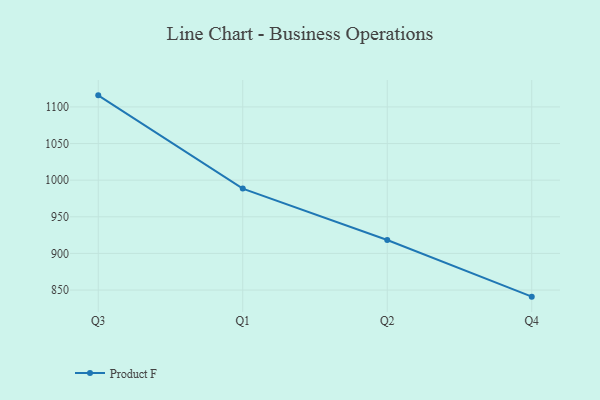
{"axis": {"x": "Quarter", "y": "Temperature (°C)"}, "legend": ["Product F"], "data": [{"x": "Q3", "y": 1115.8, "type": "Product F"}, {"x": "Q1", "y": 988.5, "type": "Product F"}, {"x": "Q2", "y": 918.4, "type": "Product F"}, {"x": "Q4", "y": 841.0, "type": "Product F"}]}